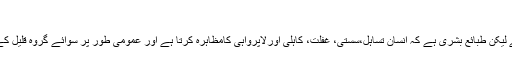
(بخاری)
یوں تو انسان کو پورے سال رب کی رضا اور خوشنودی حاصل کرنی چاہئے لیکن طبائع بشری ہے کہ انسان تساہل،سستی، غفلت، کاہلی اورلاپرواہی کامظاہرہ کرتا ہے اور عمومی طور پر سوائے گروہ قلیل کے اکثرلوگ گیارہ مہینے تک خداکی یاد،ذکر اور عبادت سے غافل رہتے ہیں۔